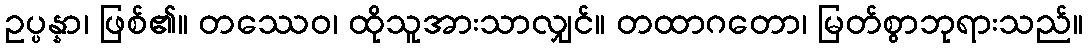
ဥပ္ပန္နာ၊ ဖြစ်၏။ တဿေဝ၊ ထိုသူအားသာလျှင်။ တထာဂတော၊ မြတ်စွာဘုရားသည်။